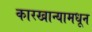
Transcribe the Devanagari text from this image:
कारखान्यामधून